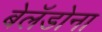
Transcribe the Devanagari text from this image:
बेलॅडोना